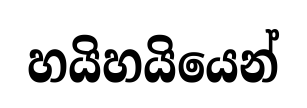
හයිහයියෙන්